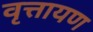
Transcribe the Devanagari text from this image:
वृत्तायण